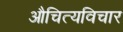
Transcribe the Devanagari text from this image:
औचित्यविचार